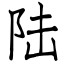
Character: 陆